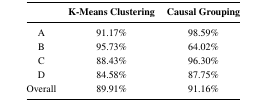
<table><thead><tr><td></td><td><b>K-Means Clustering</b></td><td><b>Causal Grouping</b></td></tr></thead><tbody><tr><td>A</td><td>91.17%</td><td>98.59%</td></tr><tr><td>B</td><td>95.73%</td><td>64.02%</td></tr><tr><td>C</td><td>88.58%</td><td>96.30%</td></tr><tr><td>D</td><td>84.58%</td><td>87.75%</td></tr><tr><td>Overall</td><td>89.91%</td><td>91.16%</td></tr></tbody></table>